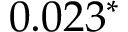
0 . 0 2 3 ^ { * }